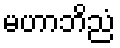
မဟာဘိညံ